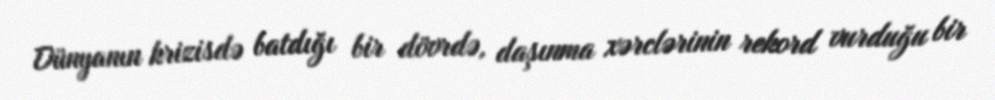
Dünyanın krizisdə batdığı bir dövrdə, daşınma xərclərinin rekord vurduğu bir